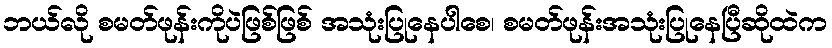
ဘယ်လို စမတ်ဖုန်းကိုပဲဖြစ်ဖြစ် အသုံးပြုနေပါစေ၊ စမတ်ဖုန်းအသုံးပြုနေပြီဆိုထဲက